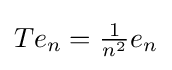
Te_{n}={\tfrac {1}{n^{2}}}e_{n}